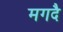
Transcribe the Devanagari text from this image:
मगदै